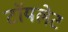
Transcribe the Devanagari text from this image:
टाॅयलेट